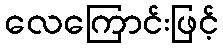
လေကြောင်းဖြင့်